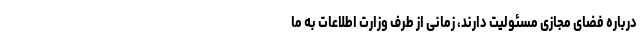
درباره فضای مجازی مسئولیت دارند، زمانی از طرف وزارت اطلاعات به ما